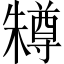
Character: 𣞊